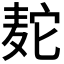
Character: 𫜒